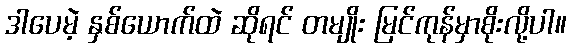
ဒါပေမဲ့ နှစ်ယောက်ထဲ ဆိုရင် တမျိုး မြင်ကုန်မှာစိုးလို့ပါ။